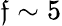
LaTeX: \mathfrak{f}\sim5